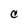
Character: C